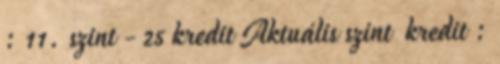
: 11. szint - 25 kredit Aktuális szint kredit :